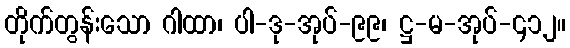
တိုက်တွန်းသော ဂါထာ၊ ပါ-ဒု-အုပ်-၉၉၊ ဋ္ဌ-မ-အုပ်-၄၁၂။